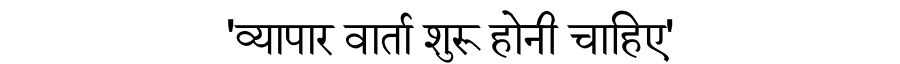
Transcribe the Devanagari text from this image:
'व्यापार वार्ता शुरू होनी चाहिए'